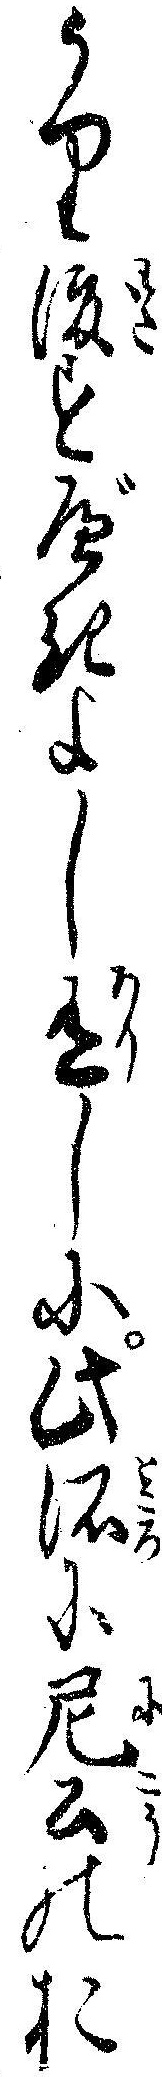
うり渡すべきよし有しに此所に尼公のお